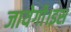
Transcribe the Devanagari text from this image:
जायेगी।इस